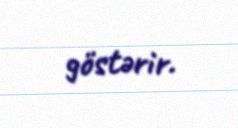
göstərir.